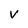
Character: v